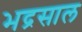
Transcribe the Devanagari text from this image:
भद्रसाल